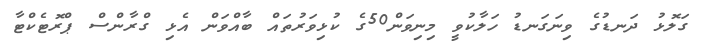
ގަލޮޅު ދަނޑުގެ ވިނަގަނޑު ހަލާކުވީ މިނިވަން50ގެ ކުޅިވަރުތައް ބާއްވަން އެޅި ގްރާންސް ޕްރޮޓެކްޓާ